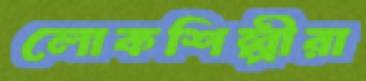
লোকশিল্পীরা